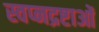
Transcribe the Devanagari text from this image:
स्वप्नद्रष्टाओं